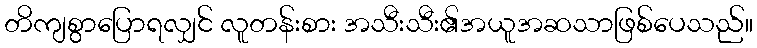
တိကျစွာပြောရလျှင် လူတန်းစား အသီးသီး၏အယူအဆသာဖြစ်ပေသည်။